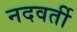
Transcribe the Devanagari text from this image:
नदवर्ती